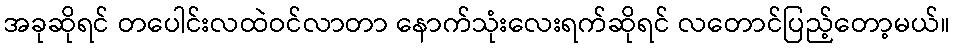
အခုဆိုရင် တပေါင်းလထဲဝင်လာတာ နောက်သုံးလေးရက်ဆိုရင် လတောင်ပြည့်တော့မယ်။